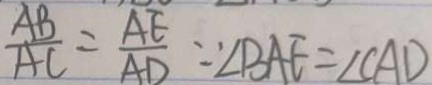
\frac { A B } { A C } = \frac { A E } { A D } \because \angle B A E = \angle C A D